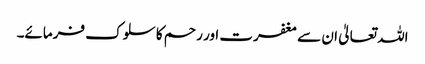
اللہ تعالیٰ ان سے مغفرت اور رحم کا سلوک فرمائے۔